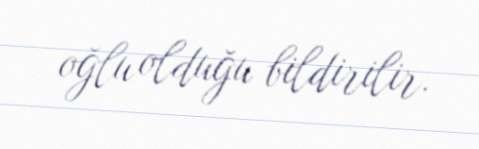
oğlu olduğu bildirilir.